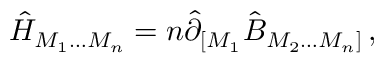
\hat { H } _ { M _ { 1 } \ldots M _ { n } } = n \hat { \partial } _ { [ M _ { 1 } } \hat { B } _ { M _ { 2 } \ldots M _ { n } ] } \, ,